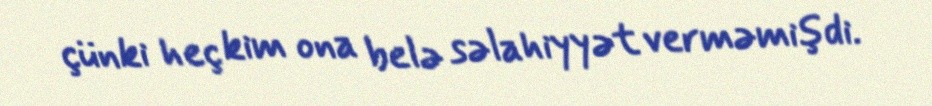
çünki heç kim ona belə səlahiyyət verməmişdi.